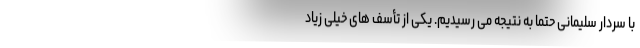
با سردار سلیمانی حتما به نتیجه می رسیدیم. یکی از تأسف های خیلی زیاد